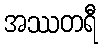
အဿတရီ